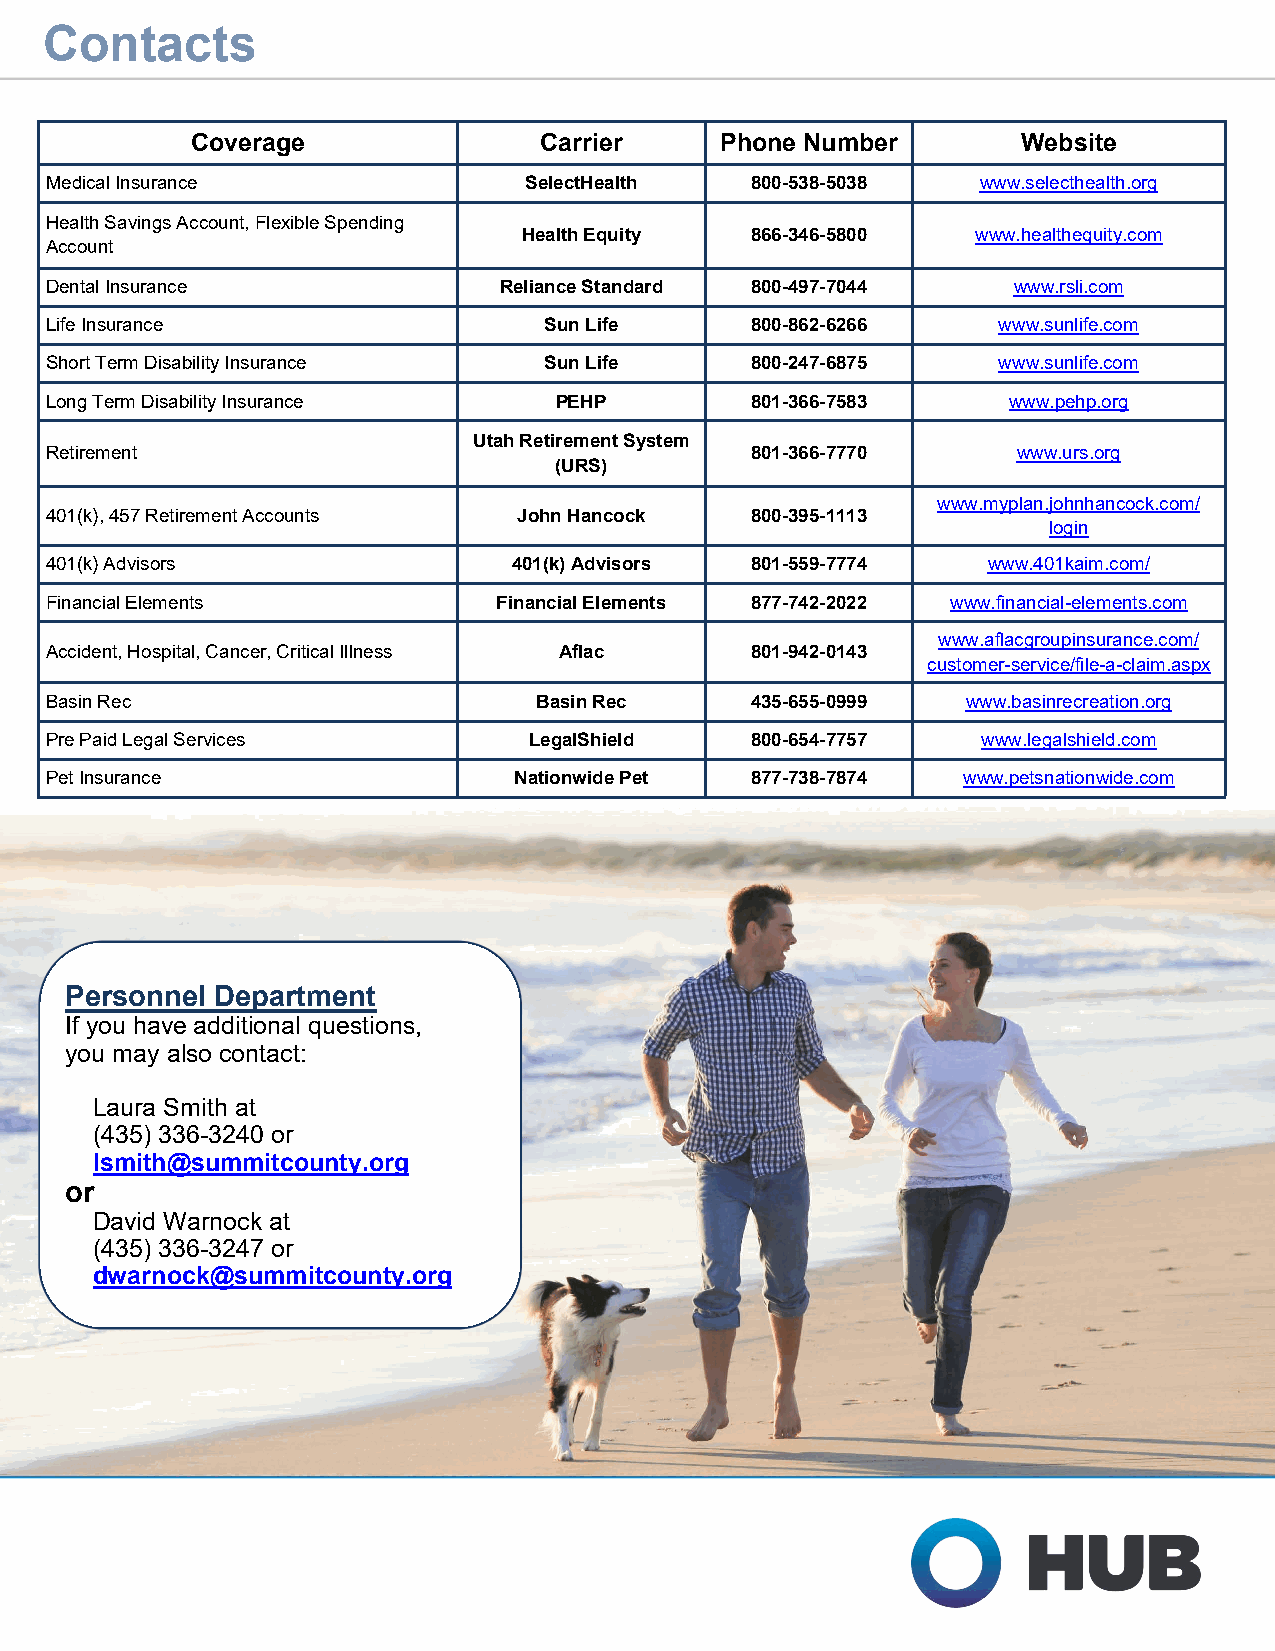
Contacts
 Coverage               Carrier     Phone Number        Website
 Medical Insurance               SelectHealth   800-538-5038   www.selecthealth.org
 Health Savings Account, Flexible Spending
 Health Equity  866-346-5800   www.healthequity.com
 Account
 Dental Insurance              Reliance Standard 800-497-7044    www.rsli.com
 Life Insurance                   Sun Life      800-862-6266    www.sunlife.com
 Short Term Disability Insurance  Sun Life      800-247-6875    www.sunlife.com
 Long Term Disability Insurance    PEHP         801-366-7583     www.pehp.org
 Utah Retirement System
 Retirement                                     801-366-7770     www.urs.org
 (URS)
 www.myplan.johnhancock.com/
 401(k), 457 Retirement Accounts John Hancock   800-395-1113
 login
 401(k) Advisors                401(k) Advisors 801-559-7774   www.401kaim.com/
 Financial Elements            Financial Elements 877-742-2022 www.financial-elements.com
 www.aflacgroupinsurance.com/
 Accident, Hospital, Cancer, Critical Illness Aflac 801-942-0143
 customer-service/file-a-claim.aspx
 Basin Rec                       Basin Rec      435-655-0999  www.basinrecreation.org
 Pre Paid Legal Services         LegalShield    800-654-7757   www.legalshield.com
 Pet Insurance                  Nationwide Pet  877-738-7874  www.petsnationwide.com
 Personnel Department
 If you have additional questions,
 you may also contact:
 Laura Smith at
 (435) 336-3240 or
 lsmith@summitcounty.org
 or
 David Warnock at
 (435) 336-3247 or
 dwarnock@summitcounty.org